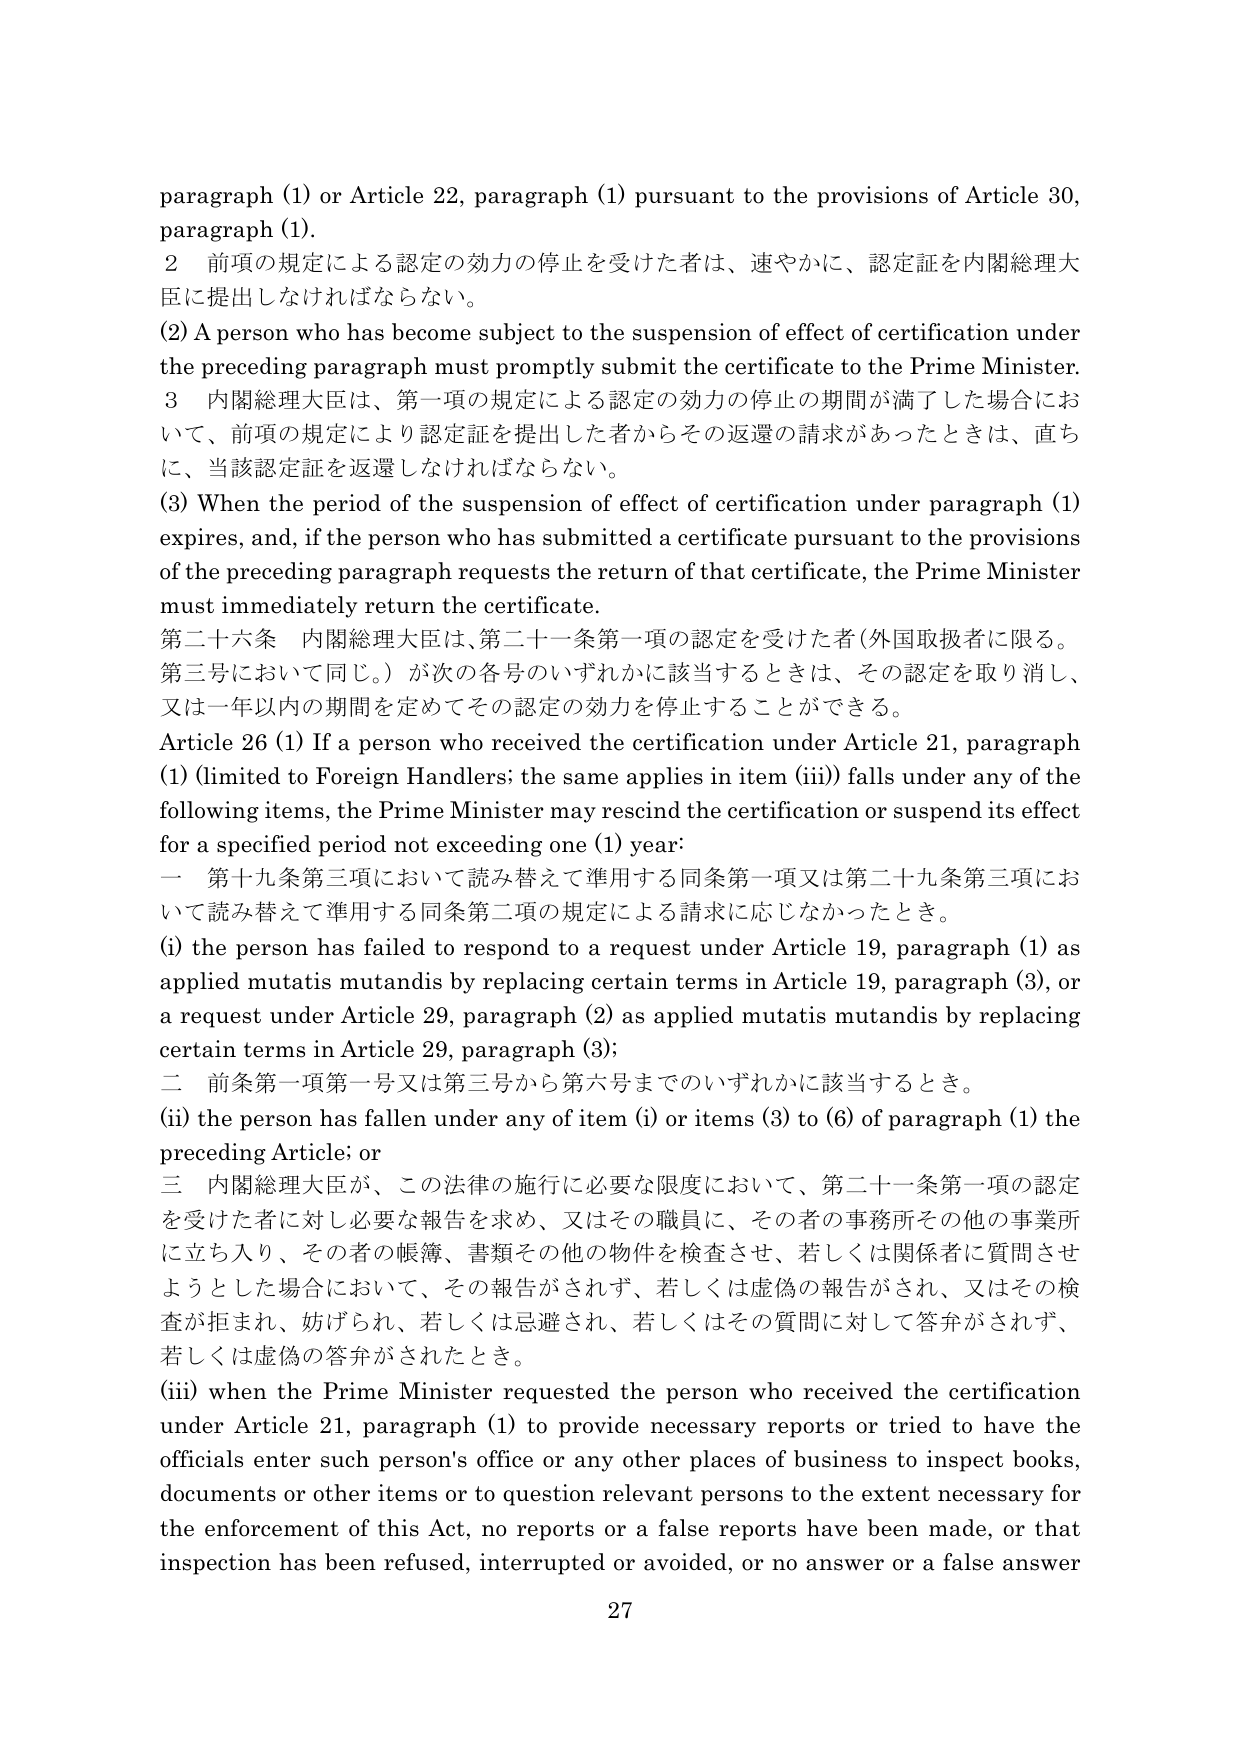
paragraph (1) or Article 22, paragraph (1) pursuant to the provisions of Article 30, paragraph (1).

2 前項の規定による認定の効力の停止を受けた者は、速やかに、認定証を内閣総理大臣に提出しなければならない。

(2) A person who has become subject to the suspension of effect of certification under the preceding paragraph must promptly submit the certificate to the Prime Minister.

3 内閣総理大臣は、第一項の規定による認定の効力の停止の期間が満了した場合において、前項の規定により認定証を提出した者からその返還の請求があったときは、直ちに、当該認定証を返還しなければならない。

(3) When the period of the suspension of effect of certification under paragraph (1) expires, and, if the person who has submitted a certificate pursuant to the provisions of the preceding paragraph requests the return of that certificate, the Prime Minister must immediately return the certificate.

第二十六条 内閣総理大臣は、第二十一条第一項の認定を受けた者（外国取扱者に限る。第三号において同じ。）が次の各号のいずれかに該当するときは、その認定を取り消し、又は一年以内の期間を定めてその認定の効力を停止することができる。

Article 26 (1) If a person who received the certification under Article 21, paragraph (1) (limited to Foreign Handlers; the same applies in item (iii)) falls under any of the following items, the Prime Minister may rescind the certification or suspend its effect for a specified period not exceeding one (1) year:

一 第十九条第三項において読み替えて準用する同条第一項又は第二十九条第三項において読み替えて準用する同条第二項の規定による請求に応じなかったとき。

(i) the person has failed to respond to a request under Article 19, paragraph (1) as applied mutatis mutandis by replacing certain terms in Article 19, paragraph (3), or a request under Article 29, paragraph (2) as applied mutatis mutandis by replacing certain terms in Article 29, paragraph (3);

二 前条第一項第一号又は第三号から第六号までのいずれかに該当するとき。

(ii) the person has fallen under any of item (i) or items (3) to (6) of paragraph (1) the preceding Article; or

三 内閣総理大臣が、この法律の施行に必要な限度において、第二十一条第一項の認定を受けた者に対し必要な報告を求め、又はその職員に、その者の事務所その他の事業所に立ち入り、その者の帳簿、書類その他の物件を検査させ、若しくは関係者に質問させようとした場合において、その報告がされず、若しくは虚偽の報告がされ、又はその検査が拒まれ、妨げられ、若しくは忌避され、若しくはその質問に対して答弁がされず、若しくは虚偽の答弁がされたとき。

(iii) when the Prime Minister requested the person who received the certification under Article 21, paragraph (1) to provide necessary reports or tried to have the officials enter such person's office or any other places of business to inspect books, documents or other items or to question relevant persons to the extent necessary for the enforcement of this Act, no reports or a false reports have been made, or that inspection has been refused, interrupted or avoided, or no answer or a false answer

27